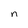
Character: n